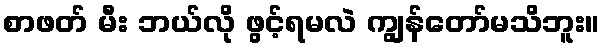
စာဖတ် မီး ဘယ်လို ဖွင့်ရမလဲ ကျွန်တော်မသိဘူး။